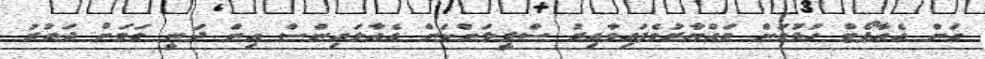
ގަން އެއާޕޯޓް ހުޅުވަން ތައްޔާރުވެފައިވާއިރު ސްރީލަންކަން އެއާލައިންސް އިން ދަނީ ގަމަށް ދަތުރު